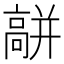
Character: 𩫑